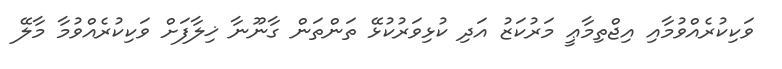
ވަކިކުރެއްވުމާއި އިޖްތިމާޢީ މަރުކަޒު އަދި ކުޅިވަރުކުޅޭ ތަންތަން ގާނޫނާ ޚިލާފަށް ވަކިކުރެއްވުމާ މާލޭ